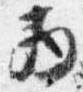
西